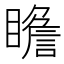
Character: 𱳎